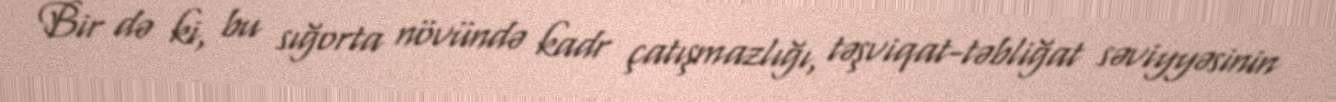
Bir də ki, bu sığorta növündə kadr çatışmazlığı, təşviqat-təbliğat səviyyəsinin